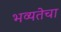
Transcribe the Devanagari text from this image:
भव्यतेचा